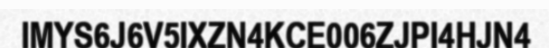
IMYS6J6V5IXZN4KCE006ZJPI4HJN4